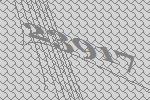
23917